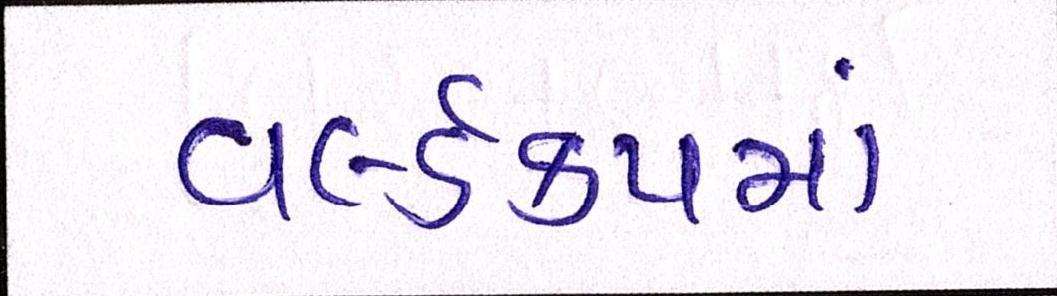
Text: વર્લ્ડકપમાં